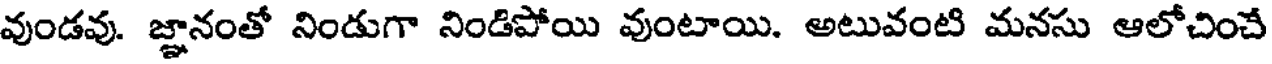
వుండవు. జ్ఞానంతో నిండుగా నిండిపోయి వుంటాయి. అటువంటి మనసు ఆలోచించే